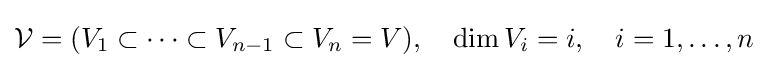
{\mathcal {V}}=(V_{1}\subset \cdots \subset V_{n-1}\subset V_{n}=V),\quad \dim {V}_{i}=i,\quad i=1,\dots ,n